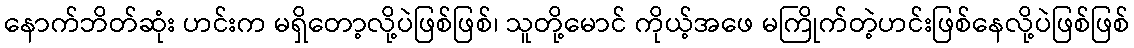
နောက်ဘိတ်ဆုံး ဟင်းက မရှိတော့လို့ပဲဖြစ်ဖြစ်၊ သူတို့မောင် ကိုယ့်အဖေ မကြိုက်တဲ့ဟင်းဖြစ်နေလို့ပဲဖြစ်ဖြစ်